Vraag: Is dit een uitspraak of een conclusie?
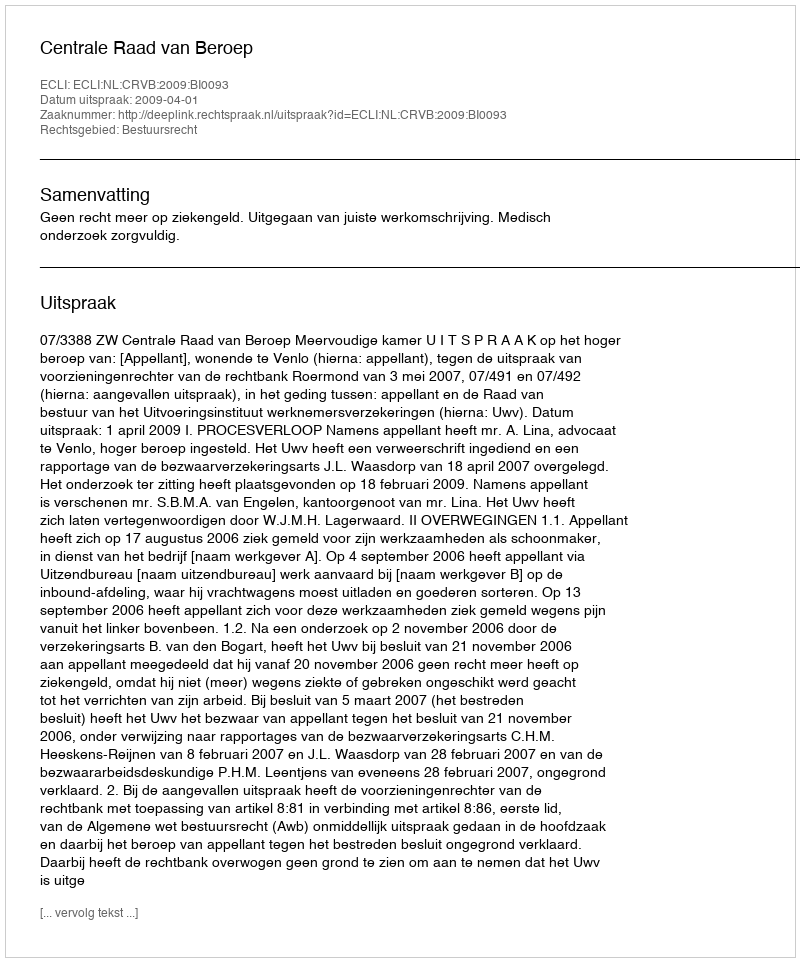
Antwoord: Uitspraak